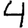
Digit: 4